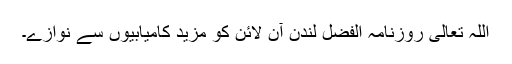
اللہ تعالیٰ روزنامہ الفضل لندن آن لائن کو مزید کامیابیوں سے نوازے۔